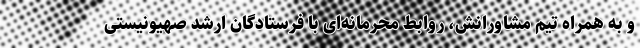
و به همراه تیم مشاورانش، روابط محرمانه‌ای با فرستادگان ارشد صهیونیستی